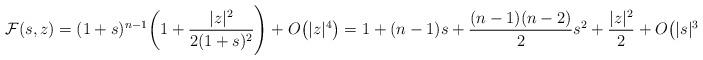
LaTeX: \begin{align*}\mathcal F(s,z)= (1+s)^{n-1}\bigg(1+\frac{|z|^2}{2(1+s)^2}\Biggr)+O\big(|z|^4\big)=1+(n-1)s+\frac{(n-1)(n-2)}{2}s^2 +\frac{|z|^2}{2}+O\big(|s|^3+|z|^3\big),\end{align*}